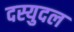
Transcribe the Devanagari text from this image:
दस्युदल